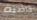
قاضية